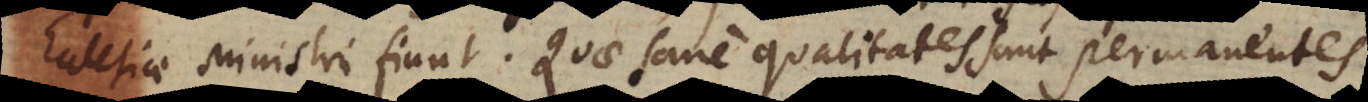
Ecclesiae ministri fiunt. Quae sane qualitates sunt permanentes.